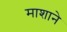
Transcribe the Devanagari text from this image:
माशाने